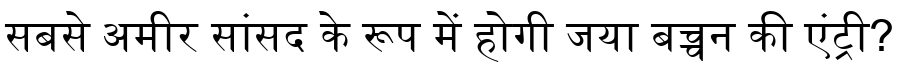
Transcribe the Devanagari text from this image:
सबसे अमीर सांसद के रूप में होगी जया बच्चन की एंट्री?